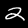
Digit: 2